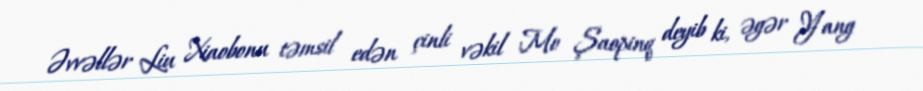
Əvvəllər Liu Xiaobonu təmsil edən çinli vəkil Mo Şaopinq deyib ki, əgər Yang